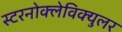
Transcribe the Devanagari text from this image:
स्टरनोक्लेविक्युलर